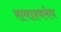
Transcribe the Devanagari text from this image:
रामाश्वमेध